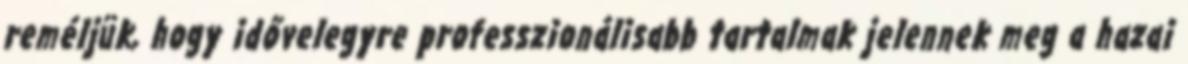
reméljük, hogy idővelegyre professzionálisabb tartalmak jelennek meg a hazai